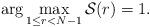
LaTeX: \begin{align*}\arg \max_{1\le r<N-1} \mathcal{S}(r)&=1.\end{align*}